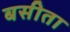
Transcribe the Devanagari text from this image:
बसीता